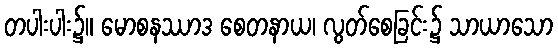
တပါးပါး၌။ မောစနဿာဒ စေတနာယ၊ လွတ်စေခြင်း၌ သာယာသော